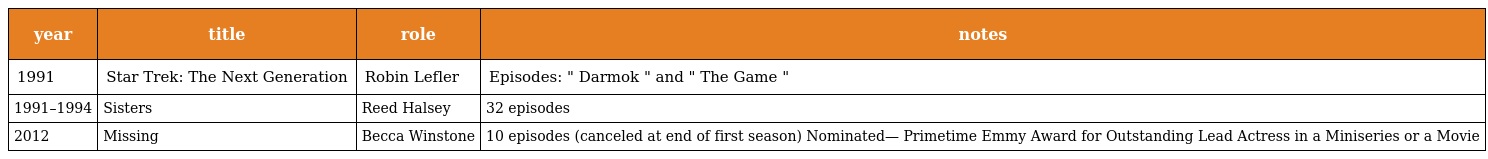
| year | title | role | notes |
 | --- | --- | --- | --- |
 | 1991 | Star Trek: The Next Generation | Robin Lefler | Episodes: " Darmok " and " The Game " |
 | 1991–1994 | Sisters | Reed Halsey | 32 episodes |
 | 2012 | Missing | Becca Winstone | 10 episodes (canceled at end of first season) Nominated— Primetime Emmy Award for Outstanding Lead Actress in a Miniseries or a Movie |